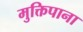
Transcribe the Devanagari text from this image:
मुक्तिपाना